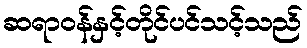
ဆရာဝန်နှင့်တိုင်ပင်သင့်သည်